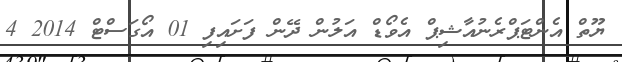
ޔޫތް އެންޓަޕްރެނުއާޝިޕް އެވޯޑް އަލުން ދޭން ފަށައިފި 01 އޯގަސްޓް 2014 4